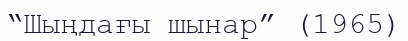
“Шыңдағы шынар” (1965)